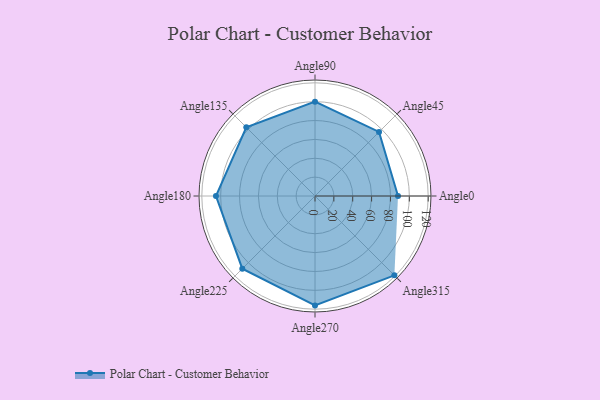
{"axis": {"x": "Angle", "y": "Radius"}, "legend": [""], "data": [{"x": "Angle0", "y": 88.0, "type": ""}, {"x": "Angle45", "y": 96.0, "type": ""}, {"x": "Angle90", "y": 100.0, "type": ""}, {"x": "Angle135", "y": 103.0, "type": ""}, {"x": "Angle180", "y": 105.0, "type": ""}, {"x": "Angle225", "y": 109.0, "type": ""}, {"x": "Angle270", "y": 116.0, "type": ""}, {"x": "Angle315", "y": 119.0, "type": ""}]}